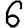
Digit: 6